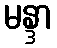
မန္ဒာ